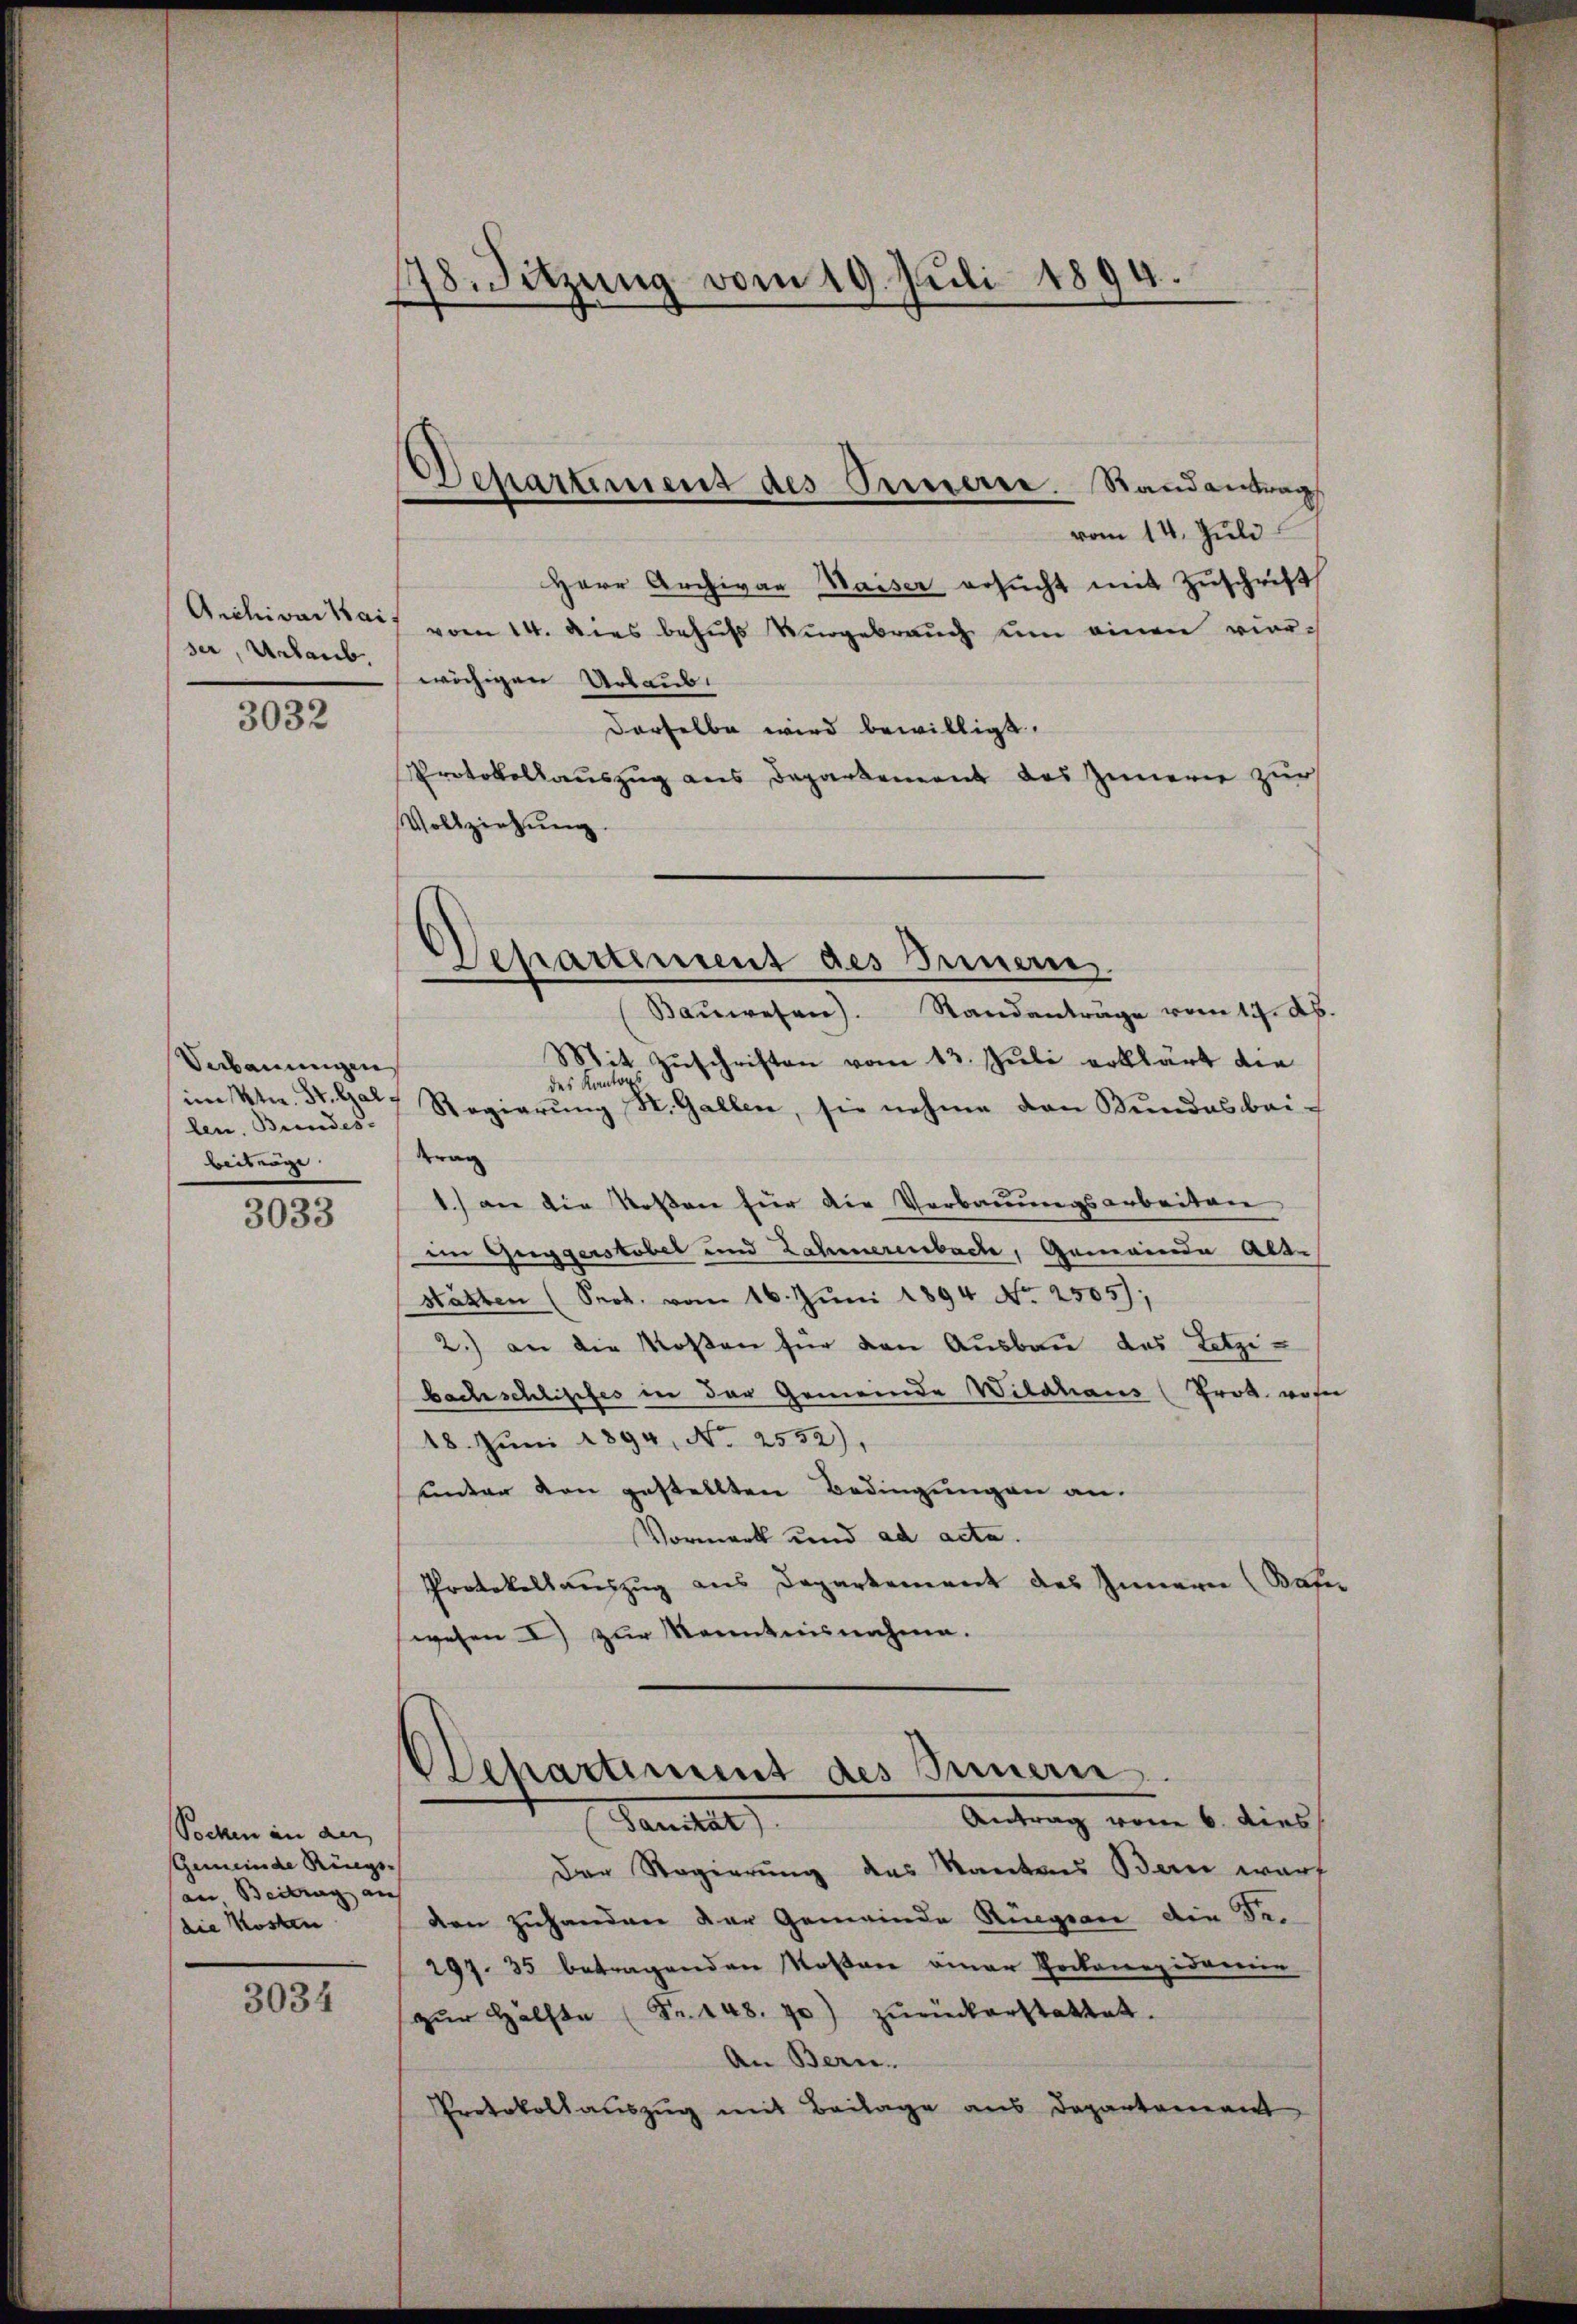
Archivar Kai
ser, Urlaub.

3032

Verbauungen
im Ktn. St. Gallen. Bundes.
beitrage.

3033

Socken in der
Gemeinde Riegs-
an Beitrag auf
(die Kosten

3034

178. Sitzung vom 19. Juli 1894.

Departement des Oriere. Randantrag

vom 14. Juli
Herr Archivar Waiser ersŭcht mit Zuschrift
vom 14. dies behufs Vergebrauch um einen vierwächigen Urlaub.
derselbe wird bewilligt.
Protokollauszug aus Departement des Innern zur
Vollziehung.

Separtement des Innern

Baŭwesen). Standanträge vom 17. Ab.
Mit Zuschriften vom 13. Juli erklärt die
des Kanton
Regierung St. Gallen, sie nehme den Bundesbei¬
Krag
1.) an die Rosen für die Verbauungsarbeiten
i Guggerstobel und Zaheerenbache, Gemeinde Alte
stätten (Prot. vom 16. Juni 1894 No. 2305);
2.) an die Rosen für den Ausbau das Letzibachschliffes in der Gemeinde Wildhaus (Prot. von
18. Juni 1894, No 2552),
unter von gestellten Bedingungen an.
Vormerk und ad acta.
Protokollauszug aus Departement des Innern (Wafer
wesen 2) zur Kenntnisnahme.

Dehartement des Innern.
Antrag von 6. dies
Lander

Der Regierung des Kantons Bern wart
den zuhanden der Gemeinde Regien die Be-
297. 35 betragenden Moser einer Pockenepidemie
zŭr Hälfte (Fr. 148. 70) zŭrückerstattet.
An Bern.
Protokollauszug mit Beilage aus Departement